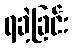
ရခဲ့ခြင်း